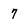
Character: 7